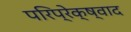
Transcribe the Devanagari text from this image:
परिप्रेक्ष्वाद